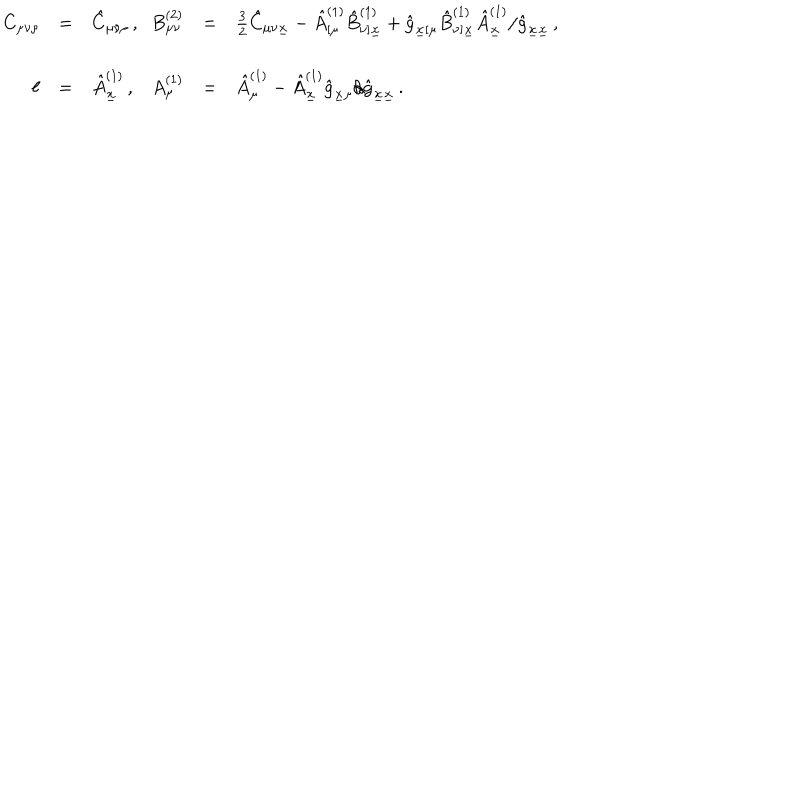
LaTeX: \begin{array} { r c l r c l } { { C _ { \mu \nu \rho } } } & { { = } } & { { \hat { C } _ { \mu \nu \rho } \, , \hspace { 1 c m } } } & { { B _ { \mu \nu } ^ { ( 2 ) } } } & { { = } } & { { \frac { 3 } { 2 } \hat { C } _ { \mu \nu \underline { { { x } } } } - \hat { A } _ { [ \mu } ^ { ( 1 ) } \hat { B } _ { \nu ] \underline { { { x } } } } ^ { ( 1 ) } + \hat { g } _ { \underline { { { x } } } [ \mu } \hat { B } _ { \nu ] \underline { { { x } } } } ^ { ( 1 ) } \hat { A } _ { \underline { { { x } } } } ^ { ( 1 ) } / \hat { g } _ { \underline { { { x } } } \underline { { { x } } } } \, , } } \\ { { } } & { { } } & { { } } & { { } } & { { } } & { { } } \\ { { \ell } } & { { = } } & { { \hat { A } _ { \underline { { { x } } } } ^ { ( 1 ) } \, , } } & { { A _ { \mu } ^ { ( 1 ) } } } & { { = } } & { { \hat { A } _ { \mu } ^ { ( 1 ) } - \hat { A } _ { \underline { { { x } } } } ^ { ( 1 ) } \hat { g } _ { \underline { { { x } } } \mu } / \hat { g } _ { \underline { { { x } } } \underline { { { x } } } } \, . } } \\ \end{array}